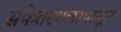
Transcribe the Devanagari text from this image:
संकेतस्थळांपासून